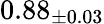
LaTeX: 0.88_{\pm 0.03}